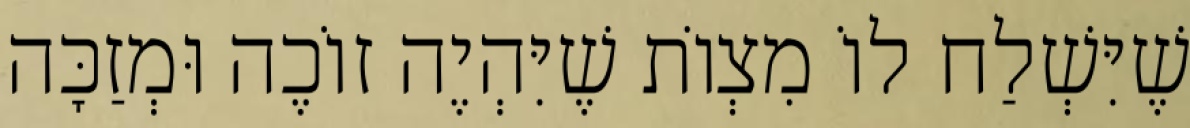
שֶׁיִּשְׁלַח לוֹ מִצְוֹת שֶׁיִּהְיֶה זוֹכֶה וּמְזַכָּה